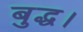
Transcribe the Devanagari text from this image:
बुद्ध।